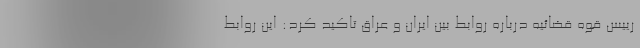
رییس قوه قضائیه درباره روابط بین ایران و عراق تاکید کرد: این روابط